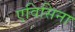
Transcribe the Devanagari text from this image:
एविसिना